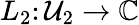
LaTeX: L_{2}\colon\mathcal{U}_{2}\to\mathbb{{C}}